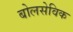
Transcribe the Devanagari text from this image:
बोलसेविक